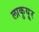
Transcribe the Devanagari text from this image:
लाकुयूर